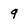
Character: 9